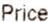
PRICE